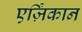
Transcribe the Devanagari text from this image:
एर्ज़िंकान